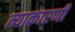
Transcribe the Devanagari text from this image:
त्याकारणी